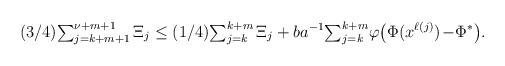
LaTeX: \begin{align*}({3}/{4}){\textstyle\sum_{j=k+m+1}^{\nu+m+1}}\,\Xi_j\le({1}/{4}){\textstyle\sum_{j=k}^{k+m}}\,\Xi_j+ba^{-1}{\textstyle\sum_{j=k}^{k+m}}\varphi\big(\Phi(x^{\ell(j)})\!-\!\Phi^*\big).\end{align*}